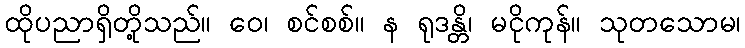
ထိုပညာရှိတို့သည်။ ဝေ၊ စင်စစ်။ န ရုဒန္တိ၊ မငိုကုန်။ သုတသောမ၊